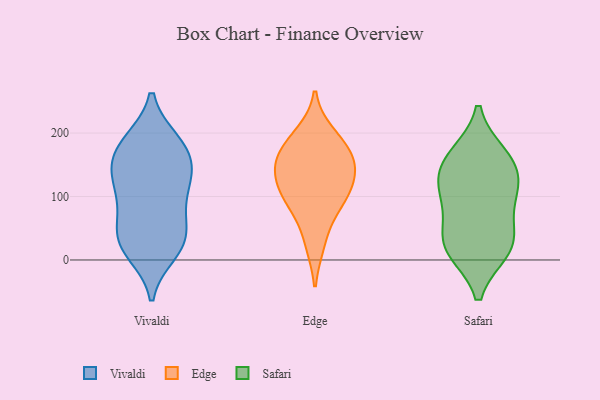
{"axis": {"x": "Energy Usage (MWh)", "y": "Value"}, "legend": ["Edge", "Safari", "Vivaldi"], "data": [{"x": "", "y": 12, "type": "Vivaldi"}, {"x": "", "y": 186, "type": "Vivaldi"}, {"x": "", "y": 149, "type": "Vivaldi"}, {"x": "", "y": 68, "type": "Vivaldi"}, {"x": "", "y": 165, "type": "Vivaldi"}, {"x": "", "y": 186, "type": "Vivaldi"}, {"x": "", "y": 24, "type": "Vivaldi"}, {"x": "", "y": 101, "type": "Vivaldi"}, {"x": "", "y": 133, "type": "Vivaldi"}, {"x": "", "y": 67, "type": "Vivaldi"}, {"x": "", "y": 187, "type": "Vivaldi"}, {"x": "", "y": 31, "type": "Vivaldi"}, {"x": "", "y": 110, "type": "Vivaldi"}, {"x": "", "y": 126, "type": "Vivaldi"}, {"x": "", "y": 148, "type": "Vivaldi"}, {"x": "", "y": 21, "type": "Vivaldi"}, {"x": "", "y": 38, "type": "Vivaldi"}, {"x": "", "y": 161, "type": "Edge"}, {"x": "", "y": 118, "type": "Edge"}, {"x": "", "y": 198, "type": "Edge"}, {"x": "", "y": 145, "type": "Edge"}, {"x": "", "y": 118, "type": "Edge"}, {"x": "", "y": 155, "type": "Edge"}, {"x": "", "y": 181, "type": "Edge"}, {"x": "", "y": 26, "type": "Edge"}, {"x": "", "y": 81, "type": "Edge"}, {"x": "", "y": 93, "type": "Edge"}, {"x": "", "y": 17, "type": "Safari"}, {"x": "", "y": 164, "type": "Safari"}, {"x": "", "y": 99, "type": "Safari"}, {"x": "", "y": 101, "type": "Safari"}, {"x": "", "y": 41, "type": "Safari"}, {"x": "", "y": 28, "type": "Safari"}, {"x": "", "y": 116, "type": "Safari"}, {"x": "", "y": 16, "type": "Safari"}, {"x": "", "y": 157, "type": "Safari"}, {"x": "", "y": 148, "type": "Safari"}]}